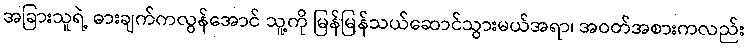
အခြားသူရဲ့ ဓားချက်ကလွန်အောင် သူ့ကို မြန်မြန်သယ်ဆောင်သွားမယ်အရာ၊ အဝတ်အစားကလည်း